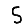
Digit: 5